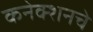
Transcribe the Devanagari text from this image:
कनेक्शनचे